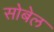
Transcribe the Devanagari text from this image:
सोबेल